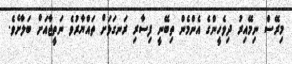
މިރޭސް ނިމޭއިރު ދިވެހީންގެ އެންމެން ތިބޭނީ ފިސާރި ރަނގަޅަށް ތައްޔާރުވެ ނަތީޖާއަށް ބަލާށެވެ.